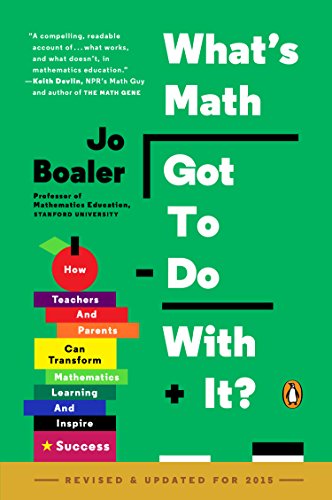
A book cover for What's Math Got to Do with It?: How Teachers and Parents Can Transform Mathematics Learning and Inspire Success; Jo Boaler; Education & Teaching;